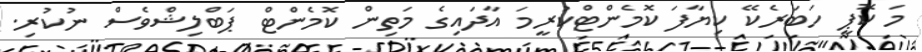
މަ ކޮޕީ ހަަބަރެކޭ ކިޔާފަ ކޮމެންޓްކުރީމަ އާދައިގެ މަތިން ކޮމެންޓް ޕަބްލިޝްވެސް ނުކުރި.